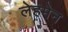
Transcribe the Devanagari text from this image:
लेहमेन